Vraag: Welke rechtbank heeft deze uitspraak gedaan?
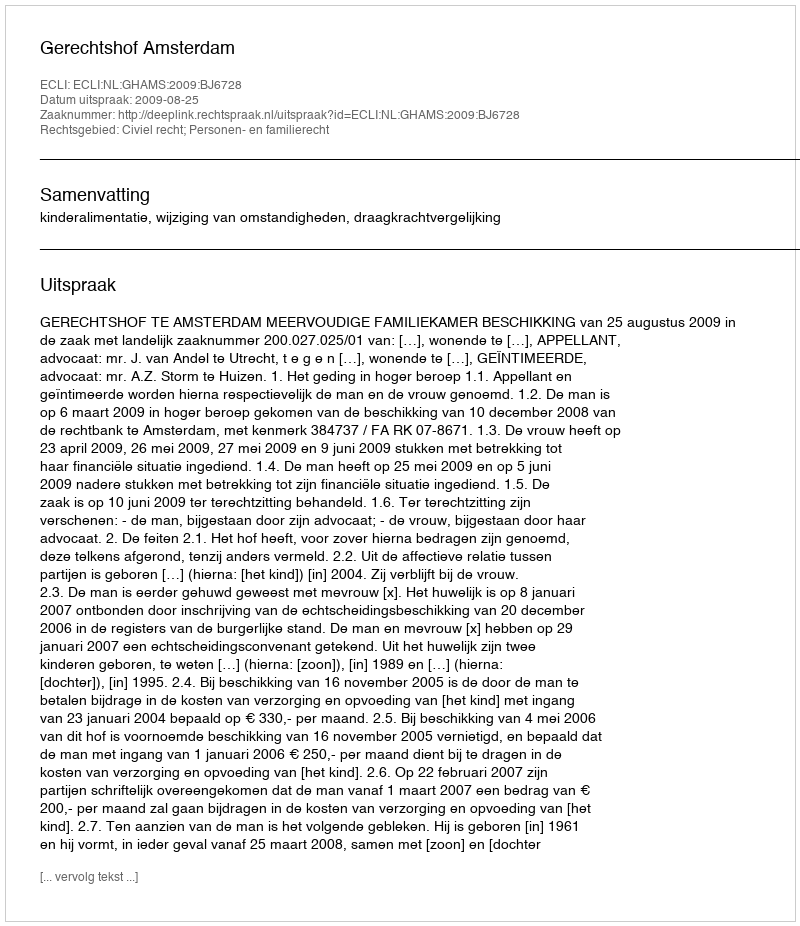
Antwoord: Gerechtshof Amsterdam